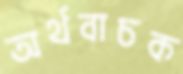
অর্থবাচক